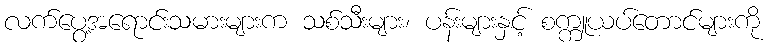
လက်ပွေ့အရောင်းသမားများက သစ်သီးများ၊ ပန်းများနှင့် စက္ကူယပ်တောင်များကို